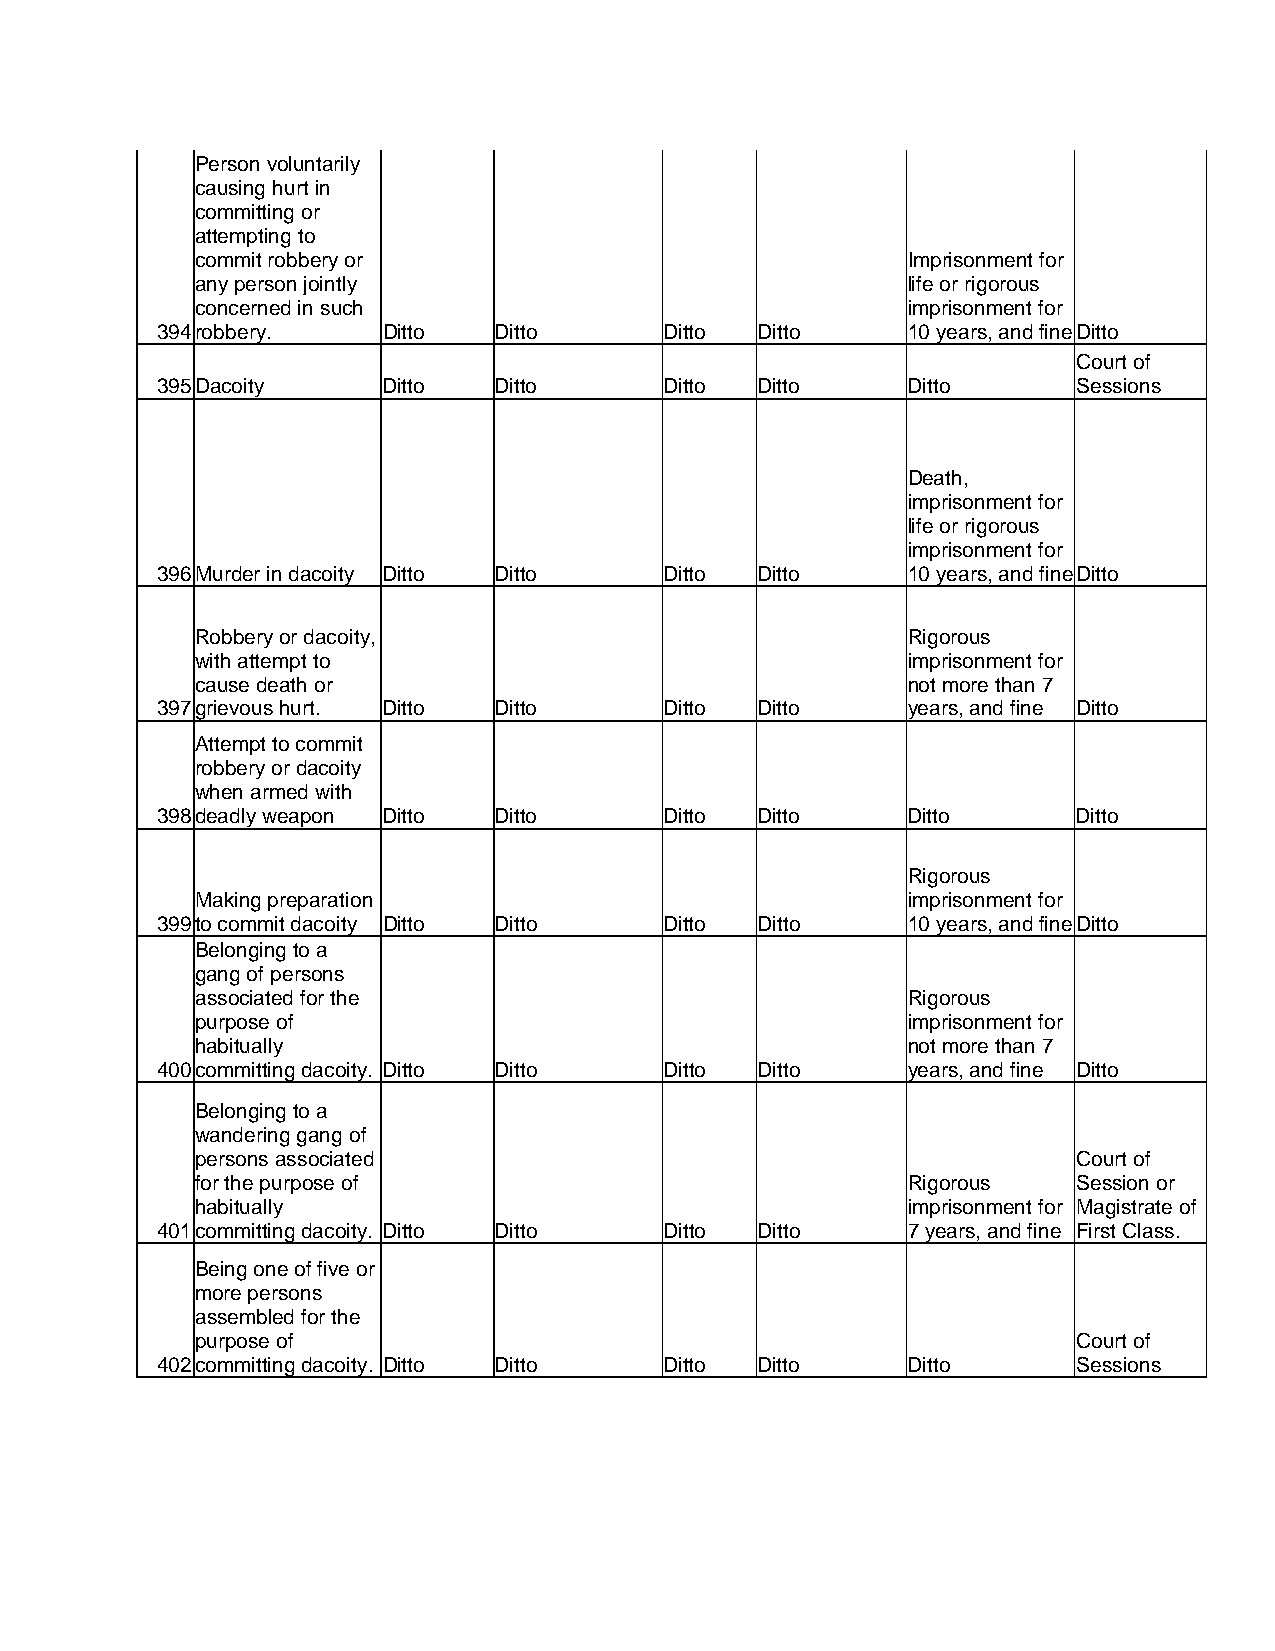
Person voluntarily
 causing hurt in
 committing or
 attempting to
 commit robbery or                              Imprisonment for
 any person jointly                             life or rigorous
 concerned in such                              imprisonment for
 394 robbery.   Ditto   Ditto      Ditto Ditto     10 years, and fineDitto
 Court of
 395 Dacoity    Ditto   Ditto      Ditto Ditto     Ditto      Sessions
 Death,
 imprisonment for
 life or rigorous
 imprisonment for
 396 Murder in dacoity Ditto Ditto Ditto Ditto     10 years, and fineDitto
 Robbery or dacoity,                            Rigorous
 with attempt to                                imprisonment for
 cause death or                                 not more than 7
 397 grievous hurt. Ditto Ditto    Ditto Ditto     years, and fine Ditto
 Attempt to commit
 robbery or dacoity
 when armed with
 398 deadly weapon Ditto Ditto     Ditto Ditto     Ditto      Ditto
 Rigorous
 Making preparation                             imprisonment for
 399 to commit dacoity Ditto Ditto Ditto Ditto     10 years, and fineDitto
 Belonging to a
 gang of persons
 associated for the                             Rigorous
 purpose of                                     imprisonment for
 habitually                                     not more than 7
 400 committing dacoity. Ditto Ditto Ditto Ditto   years, and fine Ditto
 Belonging to a
 wandering gang of
 persons associated                                        Court of
 for the purpose of                             Rigorous   Session or
 habitually                                     imprisonment for Magistrate of
 401 committing dacoity. Ditto Ditto Ditto Ditto   7 years, and fine First Class.
 Being one of five or
 more persons
 assembled for the
 purpose of                                                Court of
 402 committing dacoity. Ditto Ditto Ditto Ditto   Ditto      Sessions